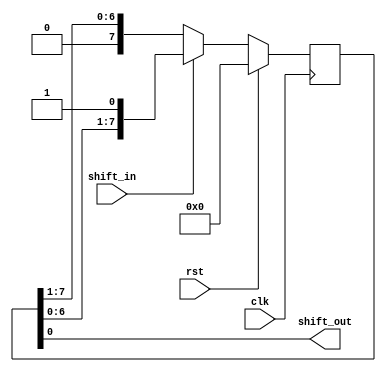
module shift_register(
  input wire clk,
  input wire rst,
  input wire shift_in,
  output reg shift_out
);

parameter WIDTH = 8; // Number of bits in the register

reg [WIDTH-1:0] reg_data;

always @(posedge clk) begin
  if(rst) begin
    reg_data <= 0; // Reset the register to its initial state
  end else begin
    if(shift_in)
      reg_data <= {reg_data[WIDTH-2:0], 1'b1}; // Shift in new data from input
    else
      reg_data <= {1'b0, reg_data[WIDTH-1:1]}; // Shift the register to the right
  end
end

assign shift_out = reg_data[0]; // Output the shifted data

endmodule